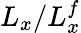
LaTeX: L_{x}/L_{x}^{f}